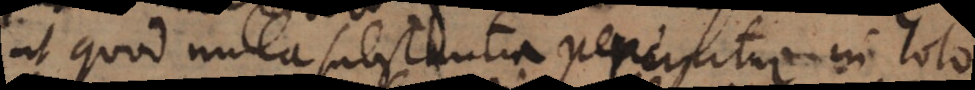
ut quod nulla substantia percipitur in toto